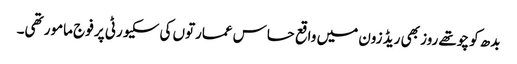
بدھ کو چوتھے روز بھی ریڈ زون میں واقع حساس عمارتوں کی سکیورٹی پر فوج مامور تھی۔